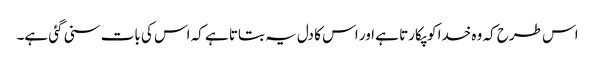
اس طرح کہ وہ خدا کو پکارتا ہے اور اس کا دل یہ بتاتا ہے کہ اس کی بات سنی گئی ہے۔